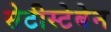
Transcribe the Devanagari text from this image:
सेटीस्‍टेबेन